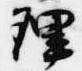
理